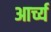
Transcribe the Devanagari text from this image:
आर्च्य